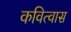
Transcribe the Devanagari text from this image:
कवित्वास